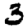
Digit: 3